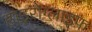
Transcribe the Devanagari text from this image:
हाइरोग्लाइफ